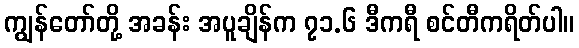
ကျွန်တော်တို့ အခန်း အပူချိန်က ၇၁.၆ ဒီကရီ စင်တီကရိတ်ပါ။